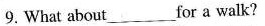
9. What about ___ for a walk?